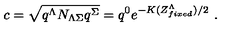
c = { \sqrt { q ^ { \Lambda } N _ { \Lambda \Sigma } q ^ { \Sigma } } } = q ^ { 0 } e ^ { - K ( Z _ { f i x e d } ^ { \Lambda } ) / 2 } \ .